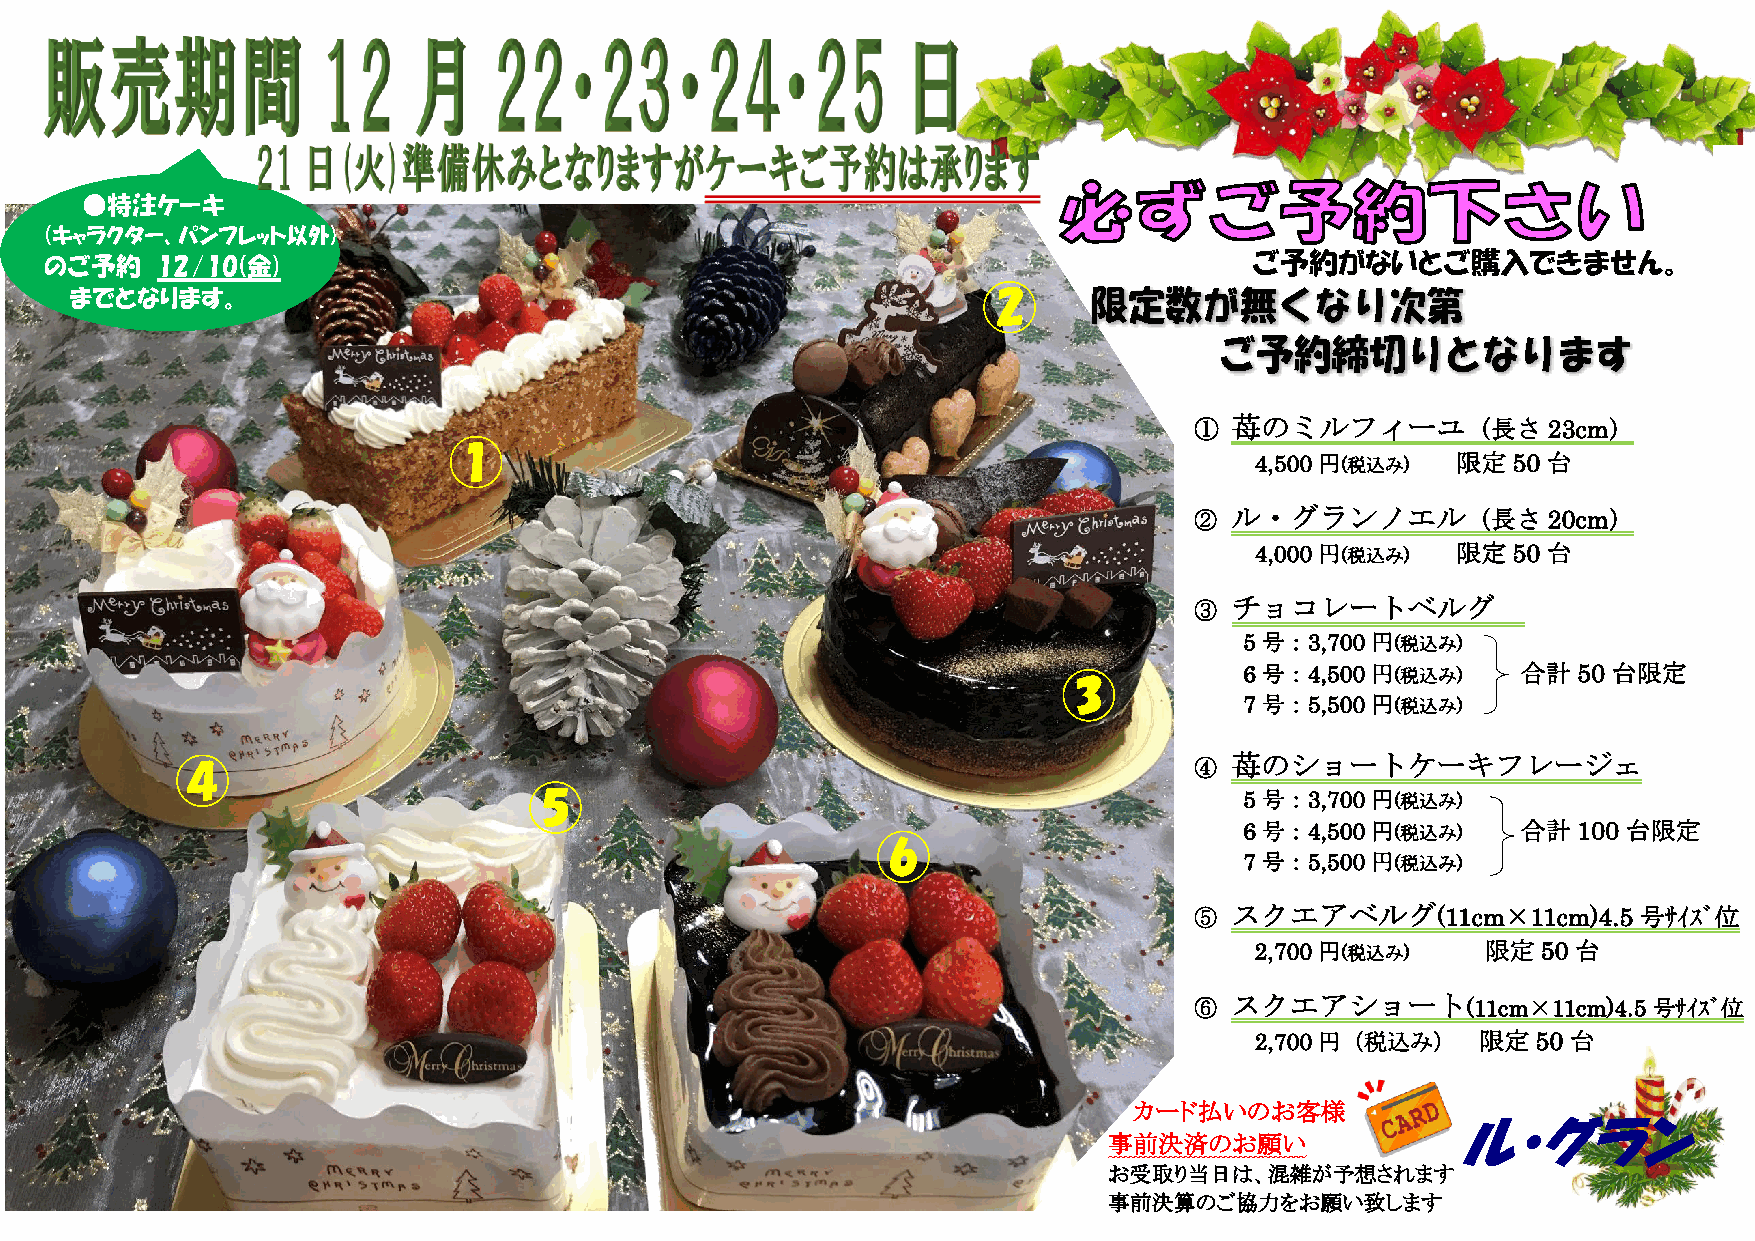
●特注ケーキ
 (キャラクター、パンフレット以外)
 のご予約   1 2/10(金)                                                                ご予約がないとご購入できません。
 までとなります。                                                    ②
 ① 苺のミルフィーユ（長さ23cm）
 ①
 4,500円(税込み)  限定50  台
 ② ル・グランノエル（長さ          20cm）
 4,000円(税込み)  限定50  台
 ③ チョコレートベルグ
 5号：3,700円(税込み)
 ③           6号：4,500円(税込み)     合計50  台限定
 7号：5,500円(税込み)
 ④                                                                  ④ 苺のショートケーキフレージェ
 ⑤
 5号：3,700円(税込み)
 ⑥
 6号：4,500円(税込み)     合計100  台限定
 7号：5,500円(税込み)
 ⑤ スクエアベルグ(11cm×11cm)4.5      号ｻｲｽﾞ位
 2,700円(税込み)    限定50  台
 ⑥ スクエアショート        (11cm×11cm)4.5号ｻｲｽﾞ位
 2,700円（税込み）    限定50  台
 カー ド払いのお客様
 ル・グラン
 事前決済のお願い
 お受取り当日   は、混雑が予想されます
 事前決算のご協力をお願い致します